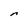
Character: n